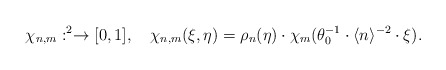
\begin{align*}\chi_{n,m}:\real^{2}\to[0,1],\quad\chi_{n,m}(\xi,\eta)=\rho_{n}(\eta)\cdot\chi_{m}(\theta_{0}^{-1}\cdot\langle n\rangle^{-2}\cdot\xi).\end{align*}